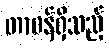
တာဝန်ရှိသည့်